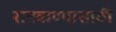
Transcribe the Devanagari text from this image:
राबवाण्यासाठी